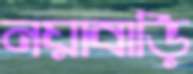
নয়াবাড়ি